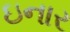
ઇનાર